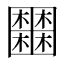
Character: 𡈹